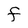
Character: F